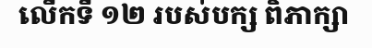
លើកទី ១២ របស់បក្ស ពិភាក្សា